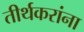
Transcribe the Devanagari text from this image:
तीर्थकरांना